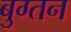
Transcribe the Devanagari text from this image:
बुग्तन